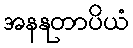
အနနုတာပိယံ